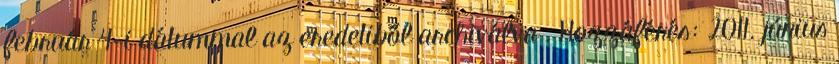
február 4-i dátummal az eredetiből archiválva . Hozzáférés: 2011. június